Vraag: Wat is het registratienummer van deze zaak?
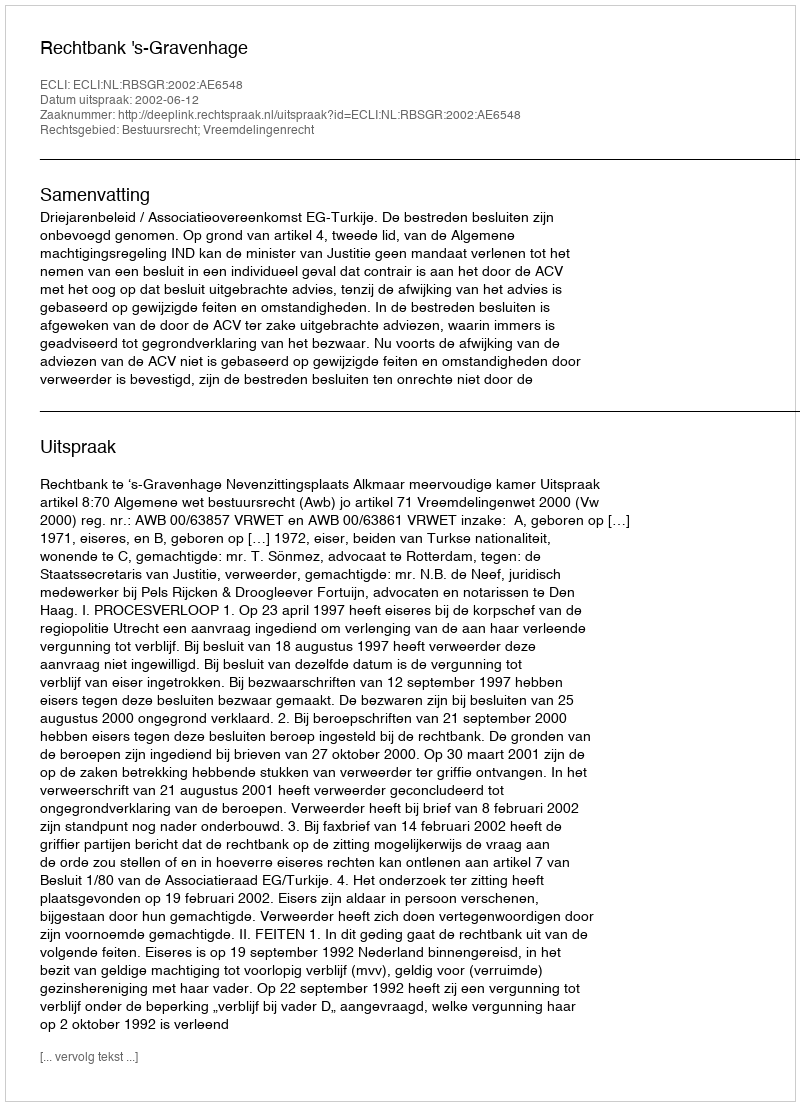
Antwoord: http://deeplink.rechtspraak.nl/uitspraak?id=ECLI:NL:RBSGR:2002:AE6548